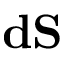
\mathbf { d S }